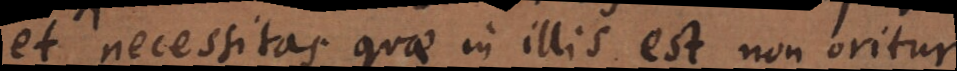
et necessitas quae in illis est non oritur